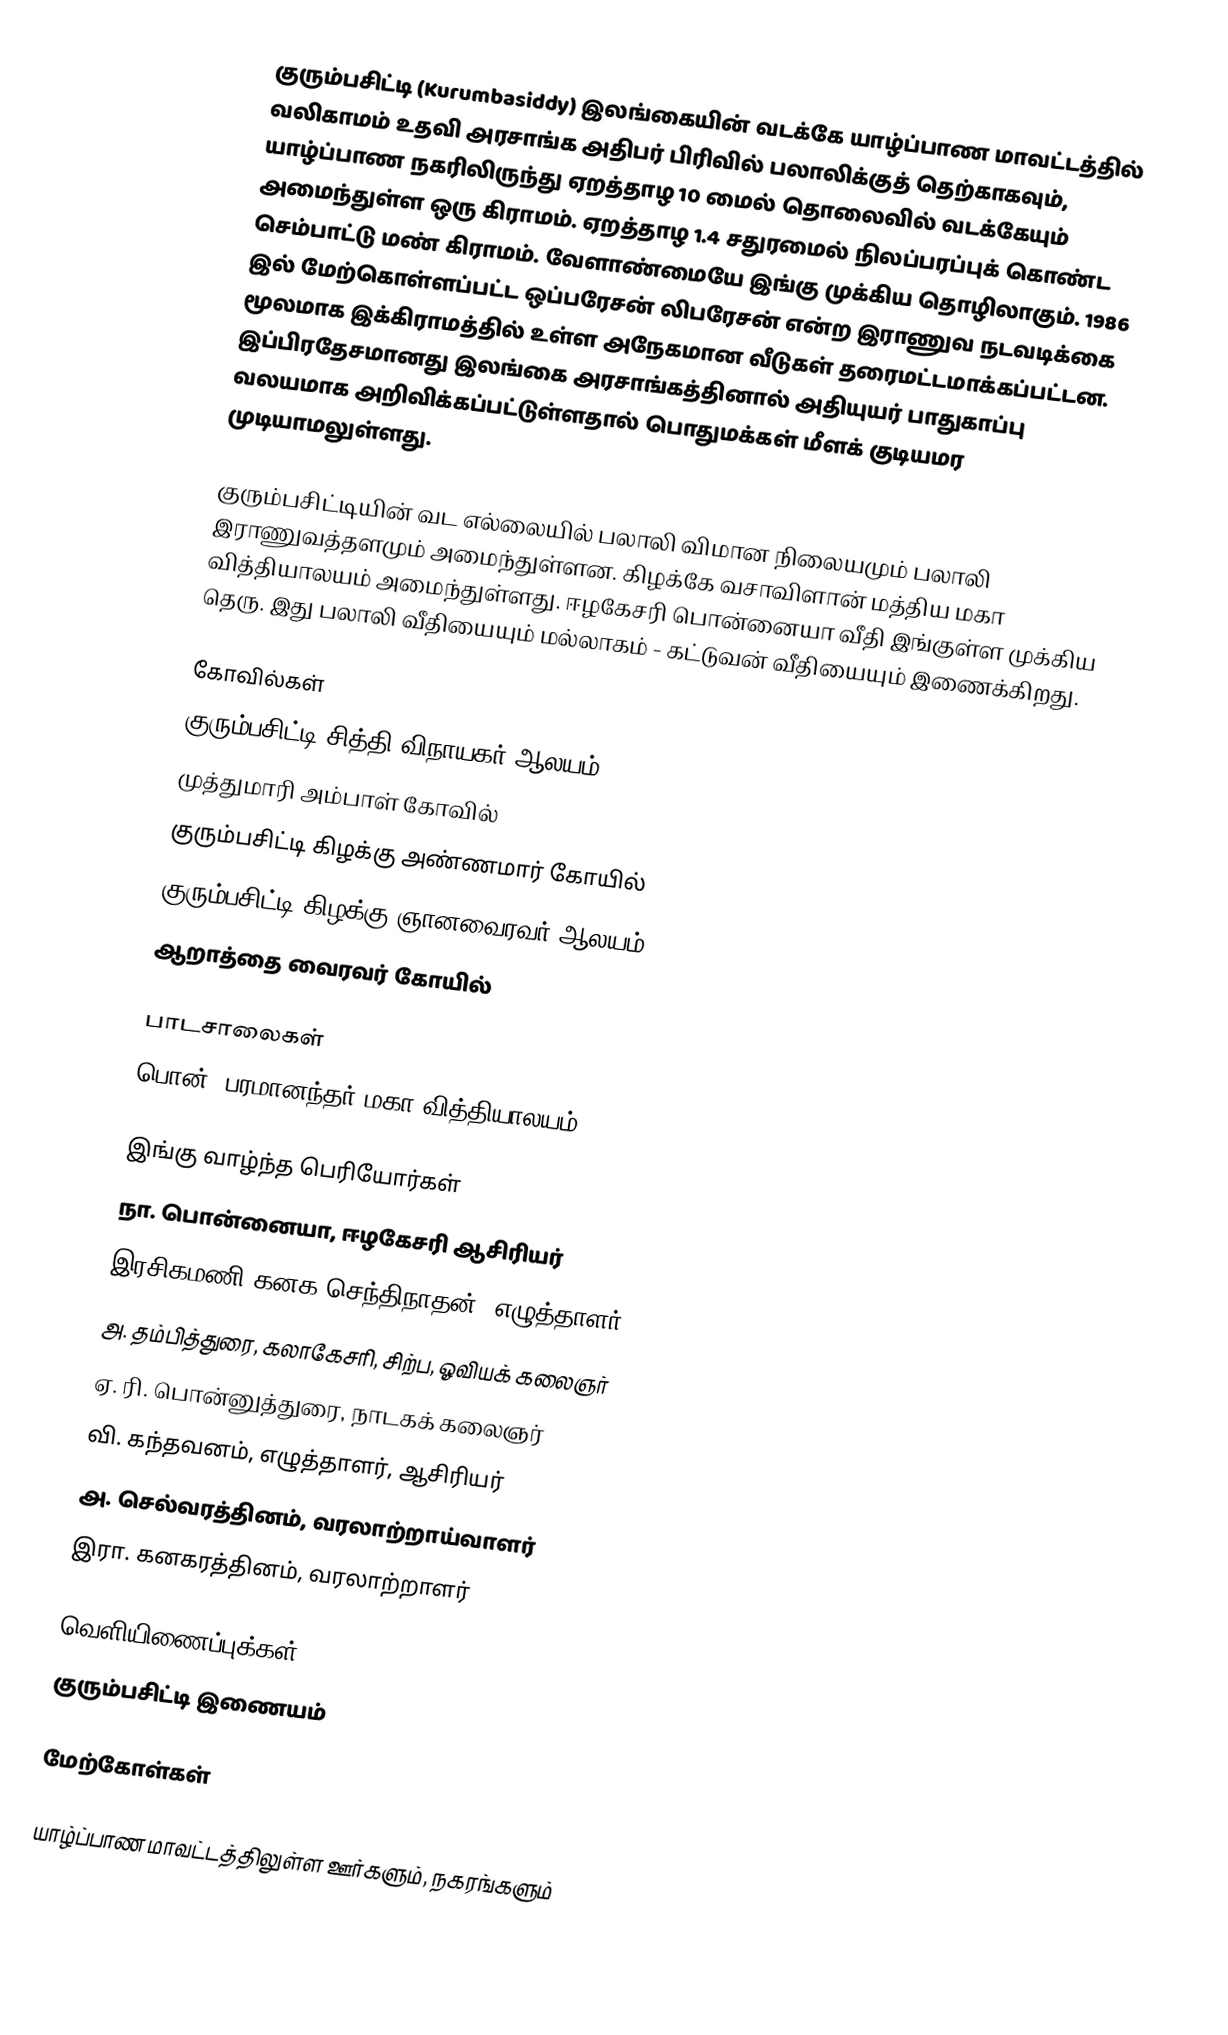
குரும்பசிட்டி (Kurumbasiddy) இலங்கையின் வடக்கே யாழ்ப்பாண மாவட்டத்தில் வலிகாமம் உதவி அரசாங்க அதிபர் பிரிவில் பலாலிக்குத் தெற்காகவும், யாழ்ப்பாண நகரிலிருந்து ஏறத்தாழ 10 மைல் தொலைவில் வடக்கேயும் அமைந்துள்ள ஒரு கிராமம். ஏறத்தாழ 1.4 சதுரமைல் நிலப்பரப்புக் கொண்ட செம்பாட்டு மண் கிராமம். வேளாண்மையே இங்கு முக்கிய தொழிலாகும். 1986 இல் மேற்கொள்ளப்பட்ட ஒப்பரேசன் லிபரேசன் என்ற இராணுவ நடவடிக்கை மூலமாக இக்கிராமத்தில் உள்ள அநேகமான வீடுகள் தரைமட்டமாக்கப்பட்டன. இப்பிரதேசமானது இலங்கை அரசாங்கத்தினால் அதியுயர் பாதுகாப்பு வலயமாக அறிவிக்கப்பட்டுள்ளதால் பொதுமக்கள் மீளக் குடியமர முடியாமலுள்ளது.

குரும்பசிட்டியின் வட எல்லையில் பலாலி விமான நிலையமும் பலாலி இராணுவத்தளமும் அமைந்துள்ளன. கிழக்கே வசாவிளான் மத்திய மகா வித்தியாலயம் அமைந்துள்ளது. ஈழகேசரி பொன்னையா வீதி இங்குள்ள முக்கிய தெரு. இது பலாலி வீதியையும் மல்லாகம் - கட்டுவன் வீதியையும் இணைக்கிறது.

கோவில்கள்
குரும்பசிட்டி சித்தி விநாயகர் ஆலயம்
முத்துமாரி அம்பாள் கோவில்
குரும்பசிட்டி கிழக்கு அண்ணமார் கோயில்
குரும்பசிட்டி கிழக்கு ஞானவைரவர் ஆலயம்
ஆறாத்தை வைரவர் கோயில்

பாடசாலைகள்
பொன். பரமானந்தர் மகா வித்தியாலயம்

இங்கு வாழ்ந்த பெரியோர்கள்
 நா. பொன்னையா, ஈழகேசரி ஆசிரியர்
 இரசிகமணி கனக செந்திநாதன், எழுத்தாளர்
 அ. தம்பித்துரை, கலாகேசரி, சிற்ப, ஓவியக் கலைஞர்
 ஏ. ரி. பொன்னுத்துரை, நாடகக் கலைஞர்
 வி. கந்தவனம், எழுத்தாளர், ஆசிரியர்
 அ. செல்வரத்தினம், வரலாற்றாய்வாளர்
 இரா. கனகரத்தினம், வரலாற்றாளர்

வெளியிணைப்புக்கள்
குரும்பசிட்டி இணையம்

மேற்கோள்கள்

யாழ்ப்பாண மாவட்டத்திலுள்ள ஊர்களும், நகரங்களும்